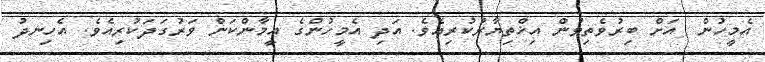
އެމީހުން  އަށް ބިރުވެތިވުން އިޚްތިޔާރުކުރިއެވެ. އަދި އެމީހުންގެ އީމާންކަން ވަރުގަދަކުރިއެވެ. އެހިނދު